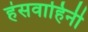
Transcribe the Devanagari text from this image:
हंसवाहिनी